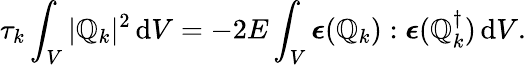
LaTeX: \tau_{k}\int_{V}|\boldsymbol{\mathbb{Q}}_{k}|^{2}\, \mathrm{{d}}V=-2E\int_{V}\boldsymbol{\epsilon}(\boldsymbol{\mathbb{Q}}_{k}):\boldsymbol{\epsilon}(\boldsymbol{\mathbb{Q}}_{k}^{\dagger})\, \mathrm{{d}}V.